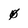
Character: 0